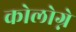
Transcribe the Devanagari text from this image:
कोलोग्ने